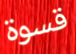
قسوة